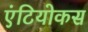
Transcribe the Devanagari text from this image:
एंटियोकस